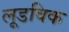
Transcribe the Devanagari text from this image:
लूडविक